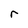
Character: r